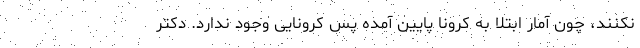
نکنند، چون آمار ابتلا به کرونا پایین آمده پس کرونایی وجود ندارد. دکتر